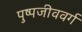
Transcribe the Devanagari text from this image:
पुष्पजीववर्ग